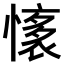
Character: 𢡏